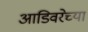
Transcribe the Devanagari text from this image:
आडिवरेच्या